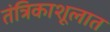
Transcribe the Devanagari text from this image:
तंत्रिकाशूलात